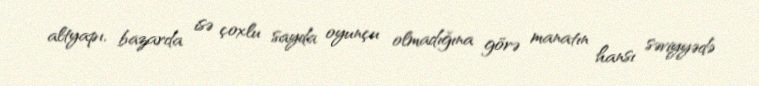
altyapı, bazarda isə çoxlu sayda oyunçu olmadığına görə manatın hansı səviyyədə